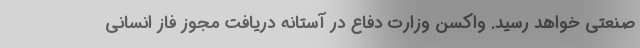
صنعتی خواهد رسید. واکسن وزارت دفاع در آستانه دریافت مجوز فاز انسانی